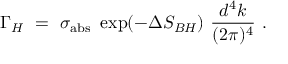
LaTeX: \Gamma _ { H } ~ = ~ \sigma _ { \mathrm { a b s } } ~ \exp ( - \Delta S _ { B H } ) ~ \frac { d ^ { 4 } k } { ( 2 \pi ) ^ { 4 } } ~ .